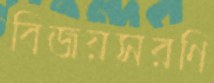
বিজয়সরণি